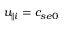
u _ { \parallel i } = c _ { s e 0 }